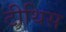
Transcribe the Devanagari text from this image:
टीथिस